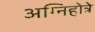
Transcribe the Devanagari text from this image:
अग्निहोत्रे